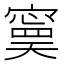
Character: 𡫃